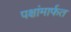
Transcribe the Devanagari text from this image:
पक्षांमार्फत